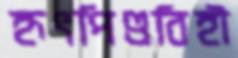
হৃৎপিণ্ডবিহী